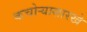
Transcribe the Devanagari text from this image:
कचोऱ्यासारखे